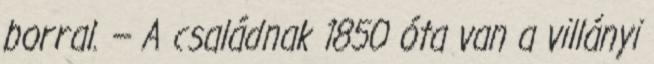
borral. — A családnak 1850 óta van a villányi